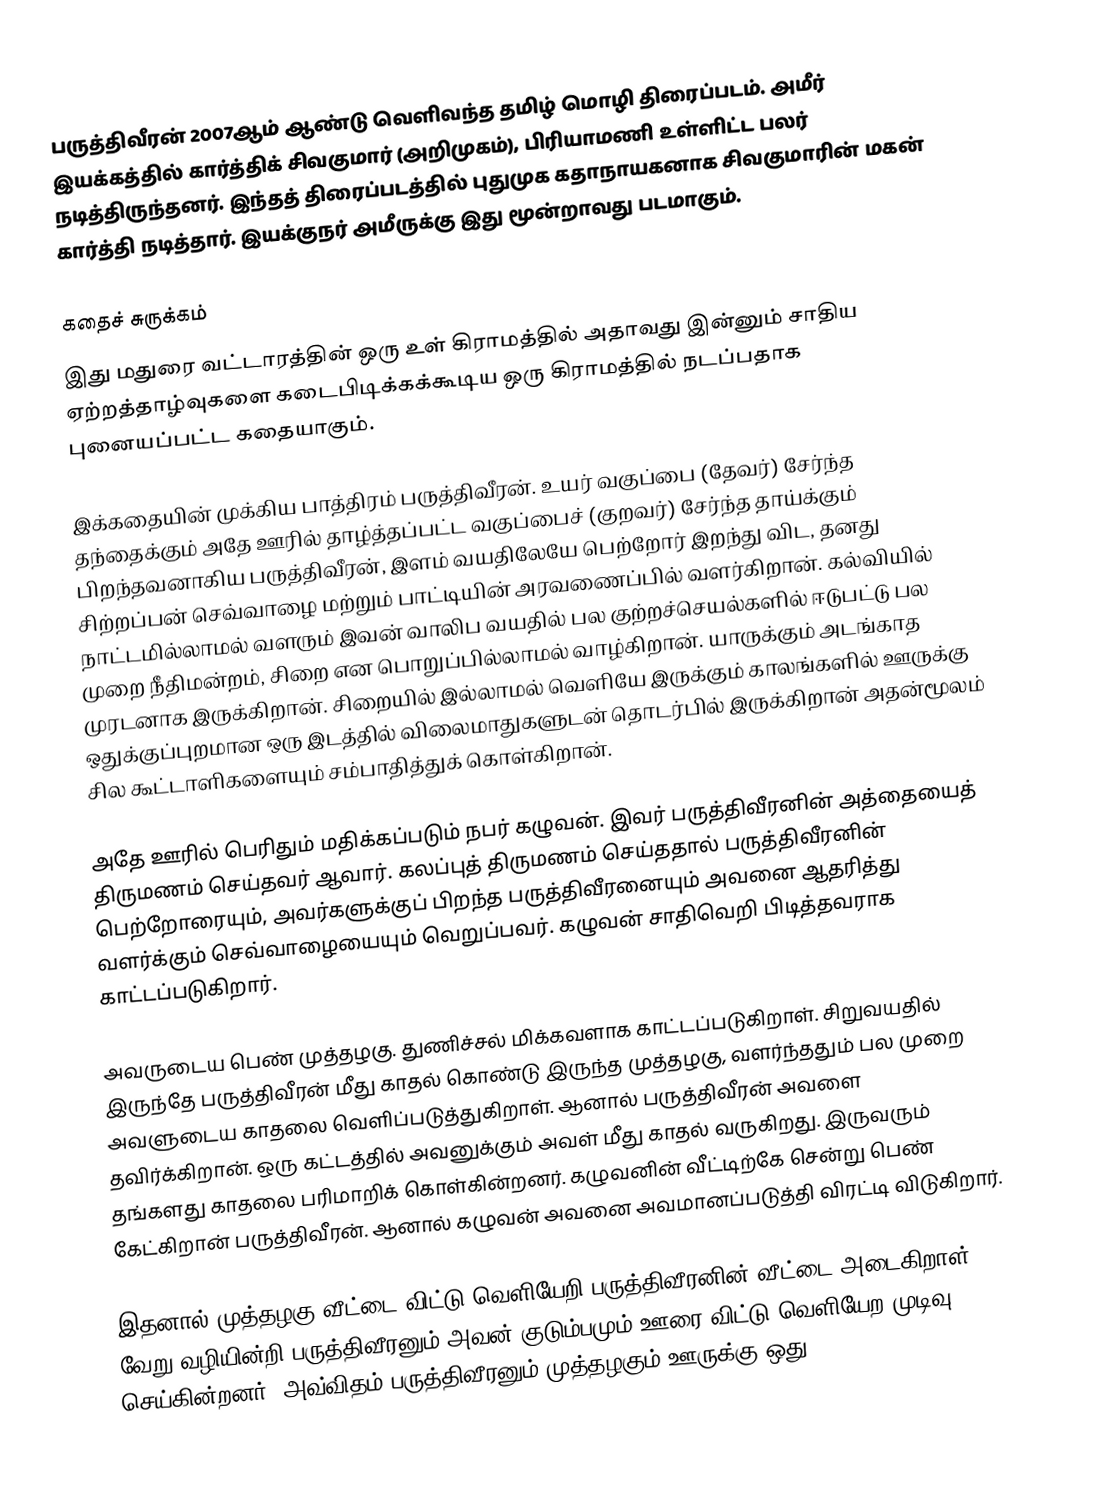
பருத்திவீரன் 2007ஆம் ஆண்டு வெளிவந்த தமிழ் மொழி திரைப்படம். அமீர் இயக்கத்தில் கார்த்திக் சிவகுமார் (அறிமுகம்), பிரியாமணி உள்ளிட்ட பலர் நடித்திருந்தனர். இந்தத் திரைப்படத்தில் புதுமுக கதாநாயகனாக சிவகுமாரின் மகன் கார்த்தி நடித்தார். இயக்குநர் அமீருக்கு இது மூன்றாவது படமாகும்.

கதைச் சுருக்கம்
இது மதுரை வட்டாரத்தின் ஒரு உள் கிராமத்தில் அதாவது இன்னும் சாதிய ஏற்றத்தாழ்வுகளை கடைபிடிக்கக்கூடிய ஒரு கிராமத்தில் நடப்பதாக புனையப்பட்ட கதையாகும்.

இக்கதையின் முக்கிய பாத்திரம் பருத்திவீரன். உயர் வகுப்பை (தேவர்) சேர்ந்த தந்தைக்கும் அதே ஊரில் தாழ்த்தப்பட்ட வகுப்பைச் (குறவர்) சேர்ந்த தாய்க்கும் பிறந்தவனாகிய பருத்திவீரன், இளம் வயதிலேயே பெற்றோர் இறந்து விட,  தனது சிற்றப்பன் செவ்வாழை மற்றும் பாட்டியின் அரவணைப்பில் வளர்கிறான். கல்வியில் நாட்டமில்லாமல் வளரும் இவன் வாலிப வயதில் பல குற்றச்செயல்களில் ஈடுபட்டு பல முறை நீதிமன்றம், சிறை என பொறுப்பில்லாமல் வாழ்கிறான். யாருக்கும் அடங்காத முரடனாக இருக்கிறான். சிறையில் இல்லாமல் வெளியே இருக்கும் காலங்களில் ஊருக்கு ஒதுக்குப்புறமான ஒரு இடத்தில் விலைமாதுகளுடன் தொடர்பில் இருக்கிறான் அதன்மூலம் சில கூட்டாளிகளையும் சம்பாதித்துக் கொள்கிறான்.

அதே ஊரில் பெரிதும் மதிக்கப்படும் நபர் கழுவன். இவர் பருத்திவீரனின் அத்தையைத் திருமணம் செய்தவர் ஆவார். கலப்புத் திருமணம் செய்ததால் பருத்திவீரனின் பெற்றோரையும், அவர்களுக்குப் பிறந்த பருத்திவீரனையும் அவனை ஆதரித்து வளர்க்கும் செவ்வாழையையும் வெறுப்பவர். கழுவன் சாதிவெறி பிடித்தவராக காட்டப்படுகிறார்.

அவருடைய பெண் முத்தழகு. துணிச்சல் மிக்கவளாக காட்டப்படுகிறாள். சிறுவயதில் இருந்தே பருத்திவீரன் மீது காதல் கொண்டு இருந்த முத்தழகு, வளர்ந்ததும் பல முறை அவளுடைய காதலை வெளிப்படுத்துகிறாள். ஆனால் பருத்திவீரன் அவளை தவிர்க்கிறான். ஒரு கட்டத்தில் அவனுக்கும் அவள் மீது காதல் வருகிறது. இருவரும் தங்களது காதலை பரிமாறிக் கொள்கின்றனர். கழுவனின் வீட்டிற்கே சென்று பெண் கேட்கிறான் பருத்திவீரன். ஆனால் கழுவன் அவனை அவமானப்படுத்தி விரட்டி விடுகிறார்.

இதனால் முத்தழகு வீட்டை விட்டு வெளியேறி பருத்திவீரனின் வீட்டை அடைகிறாள். வேறு வழியின்றி பருத்திவீரனும் அவன் குடும்பமும் ஊரை விட்டு வெளியேற முடிவு செய்கின்றனர். அவ்விதம் பருத்திவீரனும் முத்தழகும் ஊருக்கு ஒது